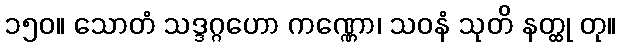
၁၅၀။ သောတံ သဒ္ဒဂ္ဂဟော ကဏ္ဏော၊ သဝနံ သုတိ နတ္ထု တု။